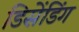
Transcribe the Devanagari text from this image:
डिसेंडिंग